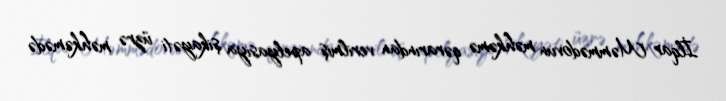
İlqar Məmmədovun məhkəmə qərarından verilmiş apelyasiya şikayəti üzrə məhkəmədə